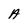
Character: A